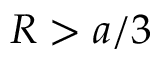
R > a / 3